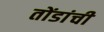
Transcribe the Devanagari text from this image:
तोंडांची